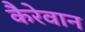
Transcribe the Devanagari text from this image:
कैरेवान